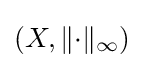
(X,\|{\cdot }\|_{\infty })